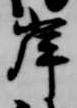
岸